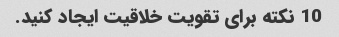
10 نکته برای تقویت خلاقیت ایجاد کنید.